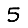
Digit: 5